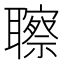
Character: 聺